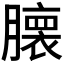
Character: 𮍁